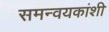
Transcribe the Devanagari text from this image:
समन्वयकांशी